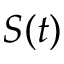
S ( t )